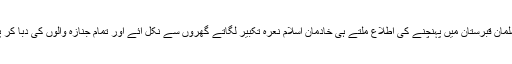
جنازہ مسلمان قبرستان میں پہنچنے کی اطلاع ملتے ہی خادمان اسلام نعرہ تکبیر لگاتے گھروں سے نکل آئے اور تمام جنازہ والوں کی دبا کر پٹائی کی۔